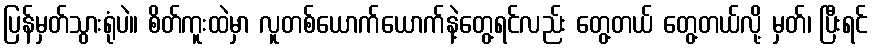
ပြန်မှတ်သွားရုံပဲ။ စိတ်ကူးထဲမှာ လူတစ်ယောက်ယောက်နဲ့တွေ့ရင်လည်း တွေ့တယ် တွေ့တယ်လို့ မှတ်၊ ပြီးရင်